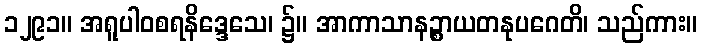
၁၂၉၁။ အရူပါဝစရနိဒ္ဒေသေ၊ ၌။ အာကာသာနဉ္စာယတနုပဂေတိ၊ သည်ကား။